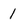
Character: 1